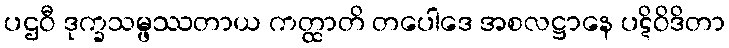
ပဌဝီ ဒုက္ခသမ္ဖဿတာယ ကတ္ထာတိ တပေါဒေ အစလဋ္ဌာနေ ပဋိဝိဒိတာ